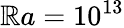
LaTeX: \mathbb{R}a=10^{13}